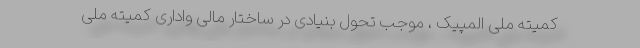
کمیته ملی المپیک ، موجب تحول بنیادی در ساختار مالی واداری کمیته ملی